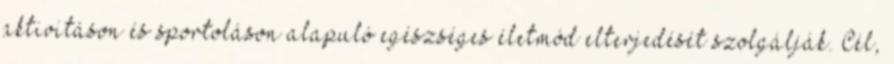
aktivitáson és sportoláson alapuló egészséges életmód elterjedését szolgálják. Cél,